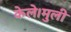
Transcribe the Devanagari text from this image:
केले।मुली